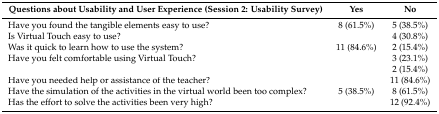
<table><thead><tr><td><b>Questions about Usability and User Experience (Session 2: Usability Survey)</b></td><td><b>Yes</b></td><td><b>No</b></td></tr></thead><tbody><tr><td>Have you found the tangible elements easy to use?</td><td>8 (61.5%)</td><td>5 (38.5%)</td></tr><tr><td>Is Virtual Touch easy to use?</td><td>[EMPTY_CELL]</td><td>4 (30.8%)</td></tr><tr><td>Was it quick to learn how to use the system?</td><td>11 (84.6%)</td><td>2 (15.4%)</td></tr><tr><td>Have you felt comfortable using Virtual Touch?</td><td>[EMPTY_CELL]</td><td>3 (23.1%)</td></tr><tr><td>[EMPTY_CELL]</td><td>[EMPTY_CELL]</td><td>2 (15.4%)</td></tr><tr><td>Have you needed help or assistance of the teacher?</td><td>[EMPTY_CELL]</td><td>11 (84.6%)</td></tr><tr><td>Have the simulation of the activities in the virtual world been too complex?</td><td>5 (38.5%)</td><td>8 (61.5%)</td></tr><tr><td>Has the effort to solve the activities been very high?</td><td>[EMPTY_CELL]</td><td>12 (92.4%)</td></tr></tbody></table>